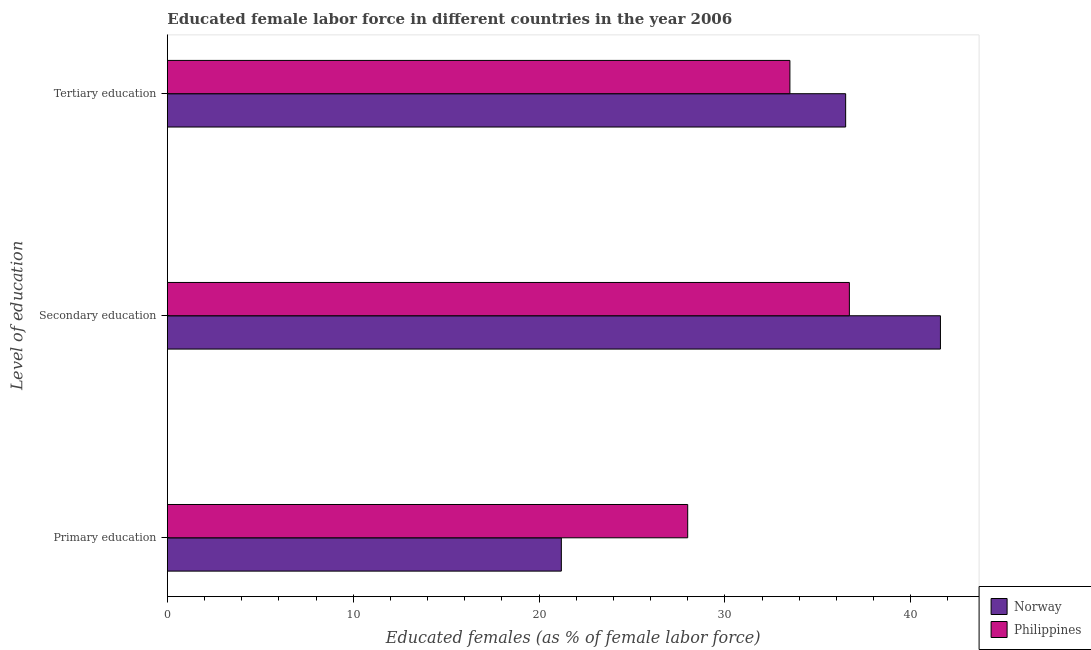
| Level of education | Norway | Philippines |
 | --- | --- | --- |
 | Primary education | 21.2 | 28 |
 | Secondary education | 41.6 | 36.7 |
 | Tertiary education | 36.5 | 33.5 |